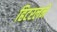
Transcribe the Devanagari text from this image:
हिटरलने